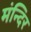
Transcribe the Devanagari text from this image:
मंन्दिर